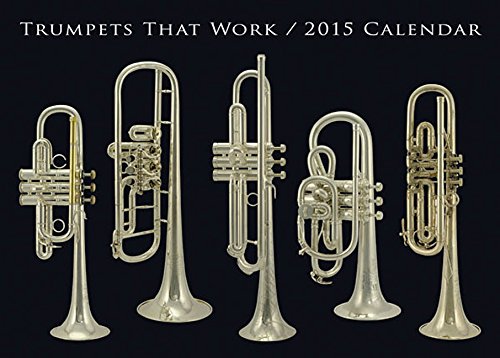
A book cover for Trumpets That Work 2015 Calendar; Calendars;